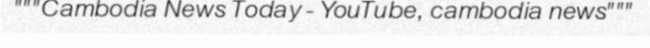
"""Cambodia News Today - YouTube, cambodia news"""